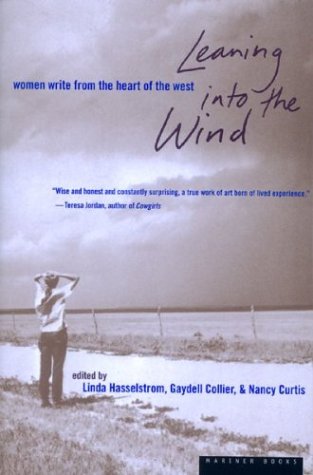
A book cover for Leaning into the Wind: Women Write from the Heart of the West; Linda M. Hasselstrom; Humor & Entertainment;